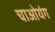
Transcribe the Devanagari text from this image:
चाओयंग